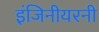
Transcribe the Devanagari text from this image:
इंजिनीयरनी